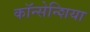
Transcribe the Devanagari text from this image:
कॉन्सेन्शिया